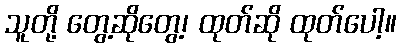
သူတို့ တွေ့ဆိုတွေ့၊ ထုတ်ဆို ထုတ်ပေါ့။